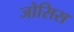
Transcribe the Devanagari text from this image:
जोसिस